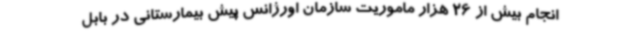
انجام بیش از 26 هزار ماموریت سازمان اورژانس پیش بیمارستانی در بابل